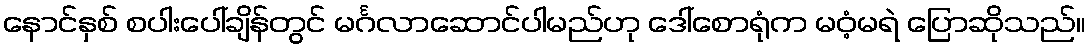
နောင်နှစ် စပါးပေါ်ချိန်တွင် မင်္ဂလာဆောင်ပါမည်ဟု ဒေါ်စောရုံက မဝံ့မရဲ ပြောဆိုသည်။